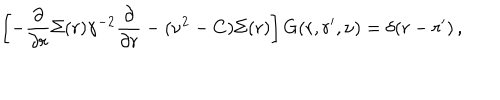
LaTeX: \left[ - \frac { \partial } { \partial r } \Sigma ( r ) \gamma ^ { - 2 } \frac { \partial } { \partial r } - ( \nu ^ { 2 } - C ) \Sigma ( r ) \right] G ( r , r ^ { \prime } , \nu ) = \delta ( r - r ^ { \prime } ) \, ,